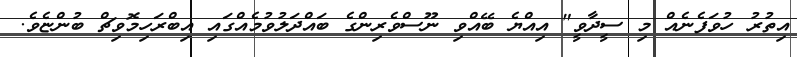
އިތުރު ހުވަފެނެއް މި ސީދާވީ" އިއްޔެ ބޭއްވި ނޫސްވެރިންގެ ބައްދަލުވުމެއްގައި އިބްރަހިމޮވިޗް ބުންޏެވެ.